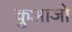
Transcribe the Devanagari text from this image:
कुआजो